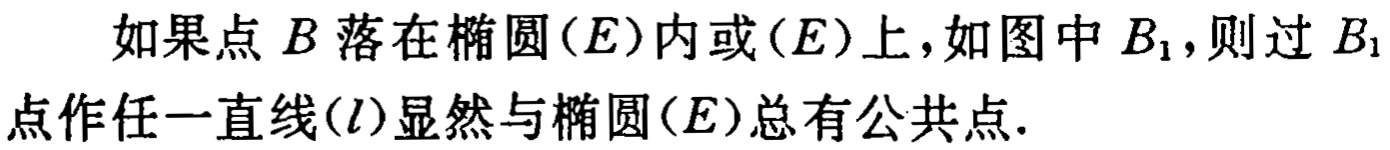
如果点 \(B\) 落在椭圆\((E)\)内或\((E)\)上，如图中 \(B_1\)，则过 \(B_1\)点作任一直线\((l)\)显然与椭圆\((E)\)总有公共点.